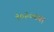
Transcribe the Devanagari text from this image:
१०३०च्या